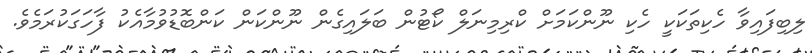
ލިބިފައިވާ ހެކިތަކަކީ ހެކި ނޫންކަމަށް ކްރިމިނަލް ކޯޓުން ބަލައިގެން ނޫންކަން ކަންބޮޑުވުމާއެކު ފާހަގަކުރަމެވެ.